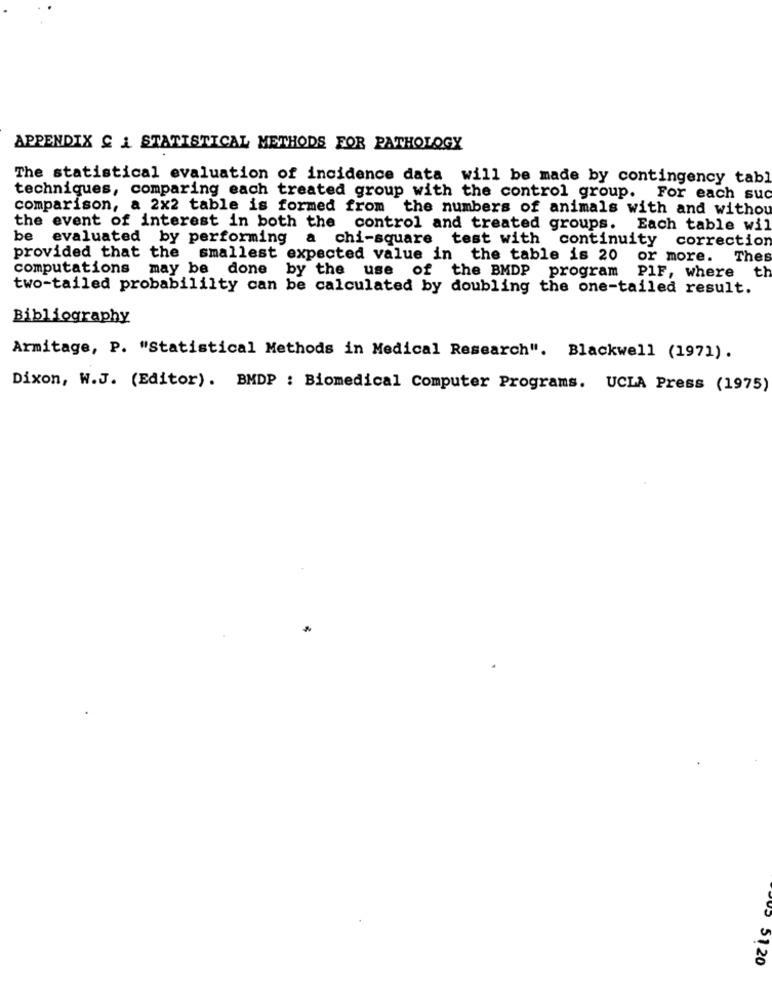
APPENDIX C _ STATISTICAL METHODS FOR PATHOLOGY
The statistical evaluation of incidence data will be made by contingency tabl
techniques, comparing each treated group with the control group. For each suo
comparison, a 2x2 table is formed from the numbers of animals with and withou
the event of interest in both the control and treated groups.
Each table wil
be evaluated by performing
a chi-square test with continuity correction
provided that the smallest expected value in the table is 20
or more.
Thes
computations may be done by the use of the BMDP program
PIF, where th
two-tailed probabililty can be calculated by doubling the one-tailed result.
Bibliography
Armitage, P. "Statistical Methods in Medical Research". Blackwell (1971).
Dixon, W.J. (Editor). BMDP : Biomedical Computer Programs. UCLA Press (1975)
5 5120